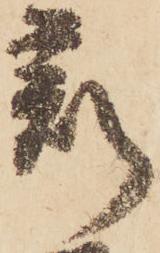
刻